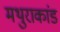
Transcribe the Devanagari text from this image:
मथुराकांड